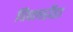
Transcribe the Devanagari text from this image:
पिपलडाँडा